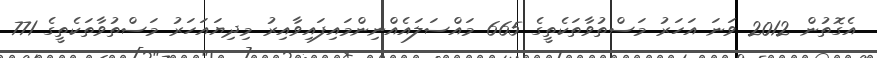
އެގޮތުން 2012 ވަނަ އަހަރު މަސްތުވާތަކެތީގެ 665 މައްސަލައެއްނިންމައިފައިވާއިރު މިދިޔައަހަރު މަސްތުވާތަކެތީގެ 771